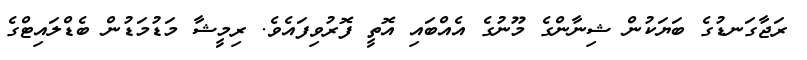
ރަޖާގަނޑުގެ ބަޔަކުން ޝިިނާންގެ މޫނުގެ އެއްބައި އޮތީ ފޮރުވިފައެވެ. ރިމީޝާ މަޑުމަޑުން ބެޑްލައިޓްގެ